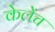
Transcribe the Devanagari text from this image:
केलेंच